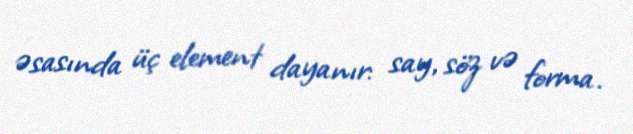
əsasında üç element dayanır: say, söz və forma.